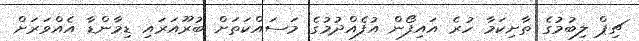
ޗިޕް ލިބުމުގެ ތާށިކަމާ ހުރެ އައިފޯން އުފެއްދުމުގެ މަސައްކަތަށް ބުރޫއަރައި ޑިމާންޑާ އެއްވަރަށް